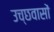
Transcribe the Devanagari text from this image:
उच्छवासों